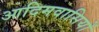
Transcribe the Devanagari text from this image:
आदिमवासियों